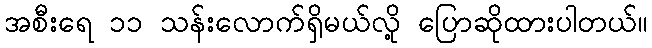
အစီးရေ ၁၁ သန်းလောက်ရှိမယ်လို့ ပြောဆိုထားပါတယ်။